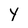
Character: Y